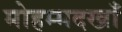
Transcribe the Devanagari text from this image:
मोहम्मदखाँ